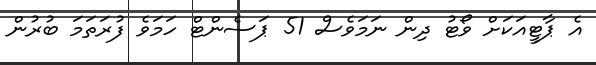
އެ ޕާޓީއަކަށް ވޯޓު ދިން ނަމަވެސް 51 ޕަސެންޓް ހަމަވެ ފުރަތަމަ ބުރުން